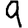
Digit: 9